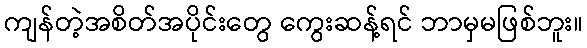
ကျန်တဲ့အစိတ်အပိုင်းတွေ ကွေးဆန့်ရင် ဘာမှမဖြစ်ဘူး။